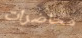
محاضرات